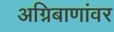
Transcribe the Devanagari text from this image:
अग्निबाणांवर